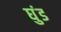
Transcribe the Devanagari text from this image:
घुंड